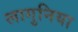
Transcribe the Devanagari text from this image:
लागुनिया